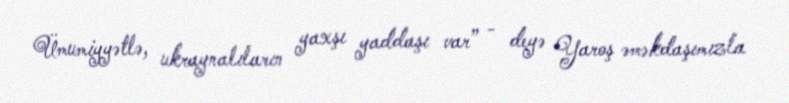
Ümumiyyətlə, ukraynalıların yaxşı yaddaşı var” - deyə Yaroş əməkdaşımızla